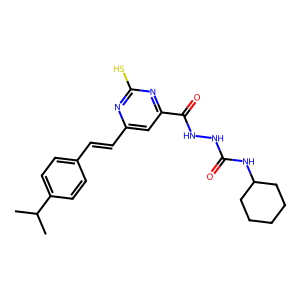
SMILES: CC(C)c1ccc(C=Cc2cc(C(=O)NNC(=O)NC3CCCCC3)nc(S)n2)cc1
Inhibits HIV replication: No